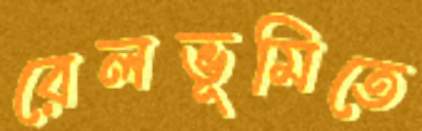
রেলভূমিতে